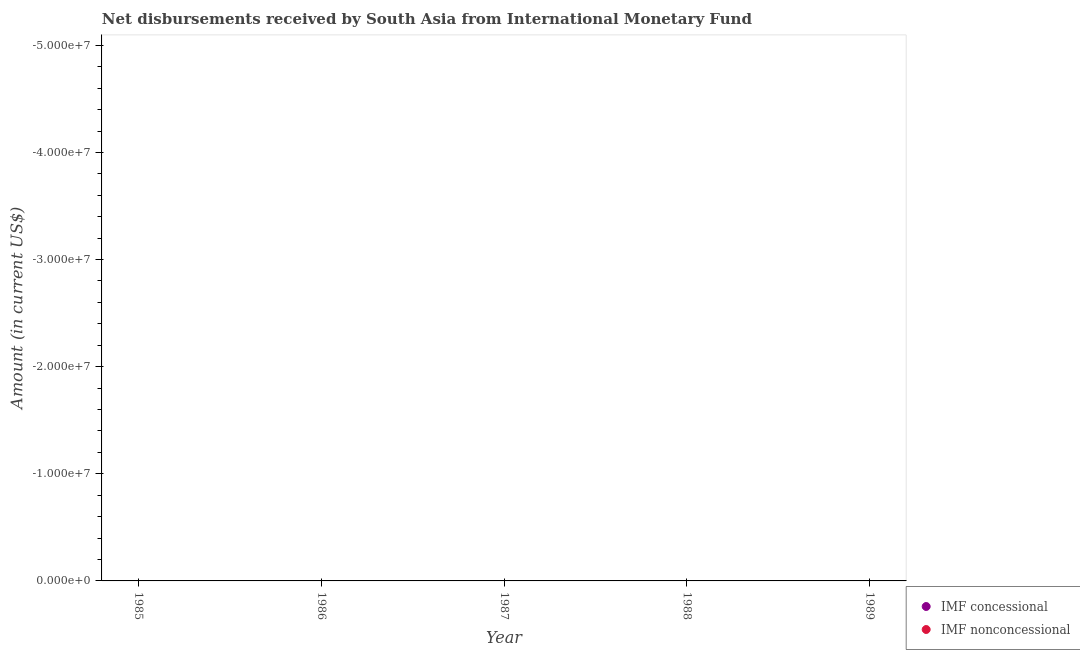
| Year | IMF concessional | IMF nonconcessional |
 | --- | --- | --- |
 | 1985 | -3.26e+08 | -1.56e+08 |
 | 1986 | -7.33e+08 | -3.77e+08 |
 | 1987 | -9.85e+08 | -4.12e+08 |
 | 1988 | -1.2e+09 | -1.87e+08 |
 | 1989 | -6.05e+08 | -1.06e+08 |